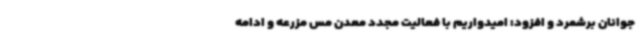
جوانان برشمرد و افزود: امیدواریم با فعالیت مجدد معدن مس مزرعه و ادامه